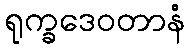
ရုက္ခဒေဝတာနံ